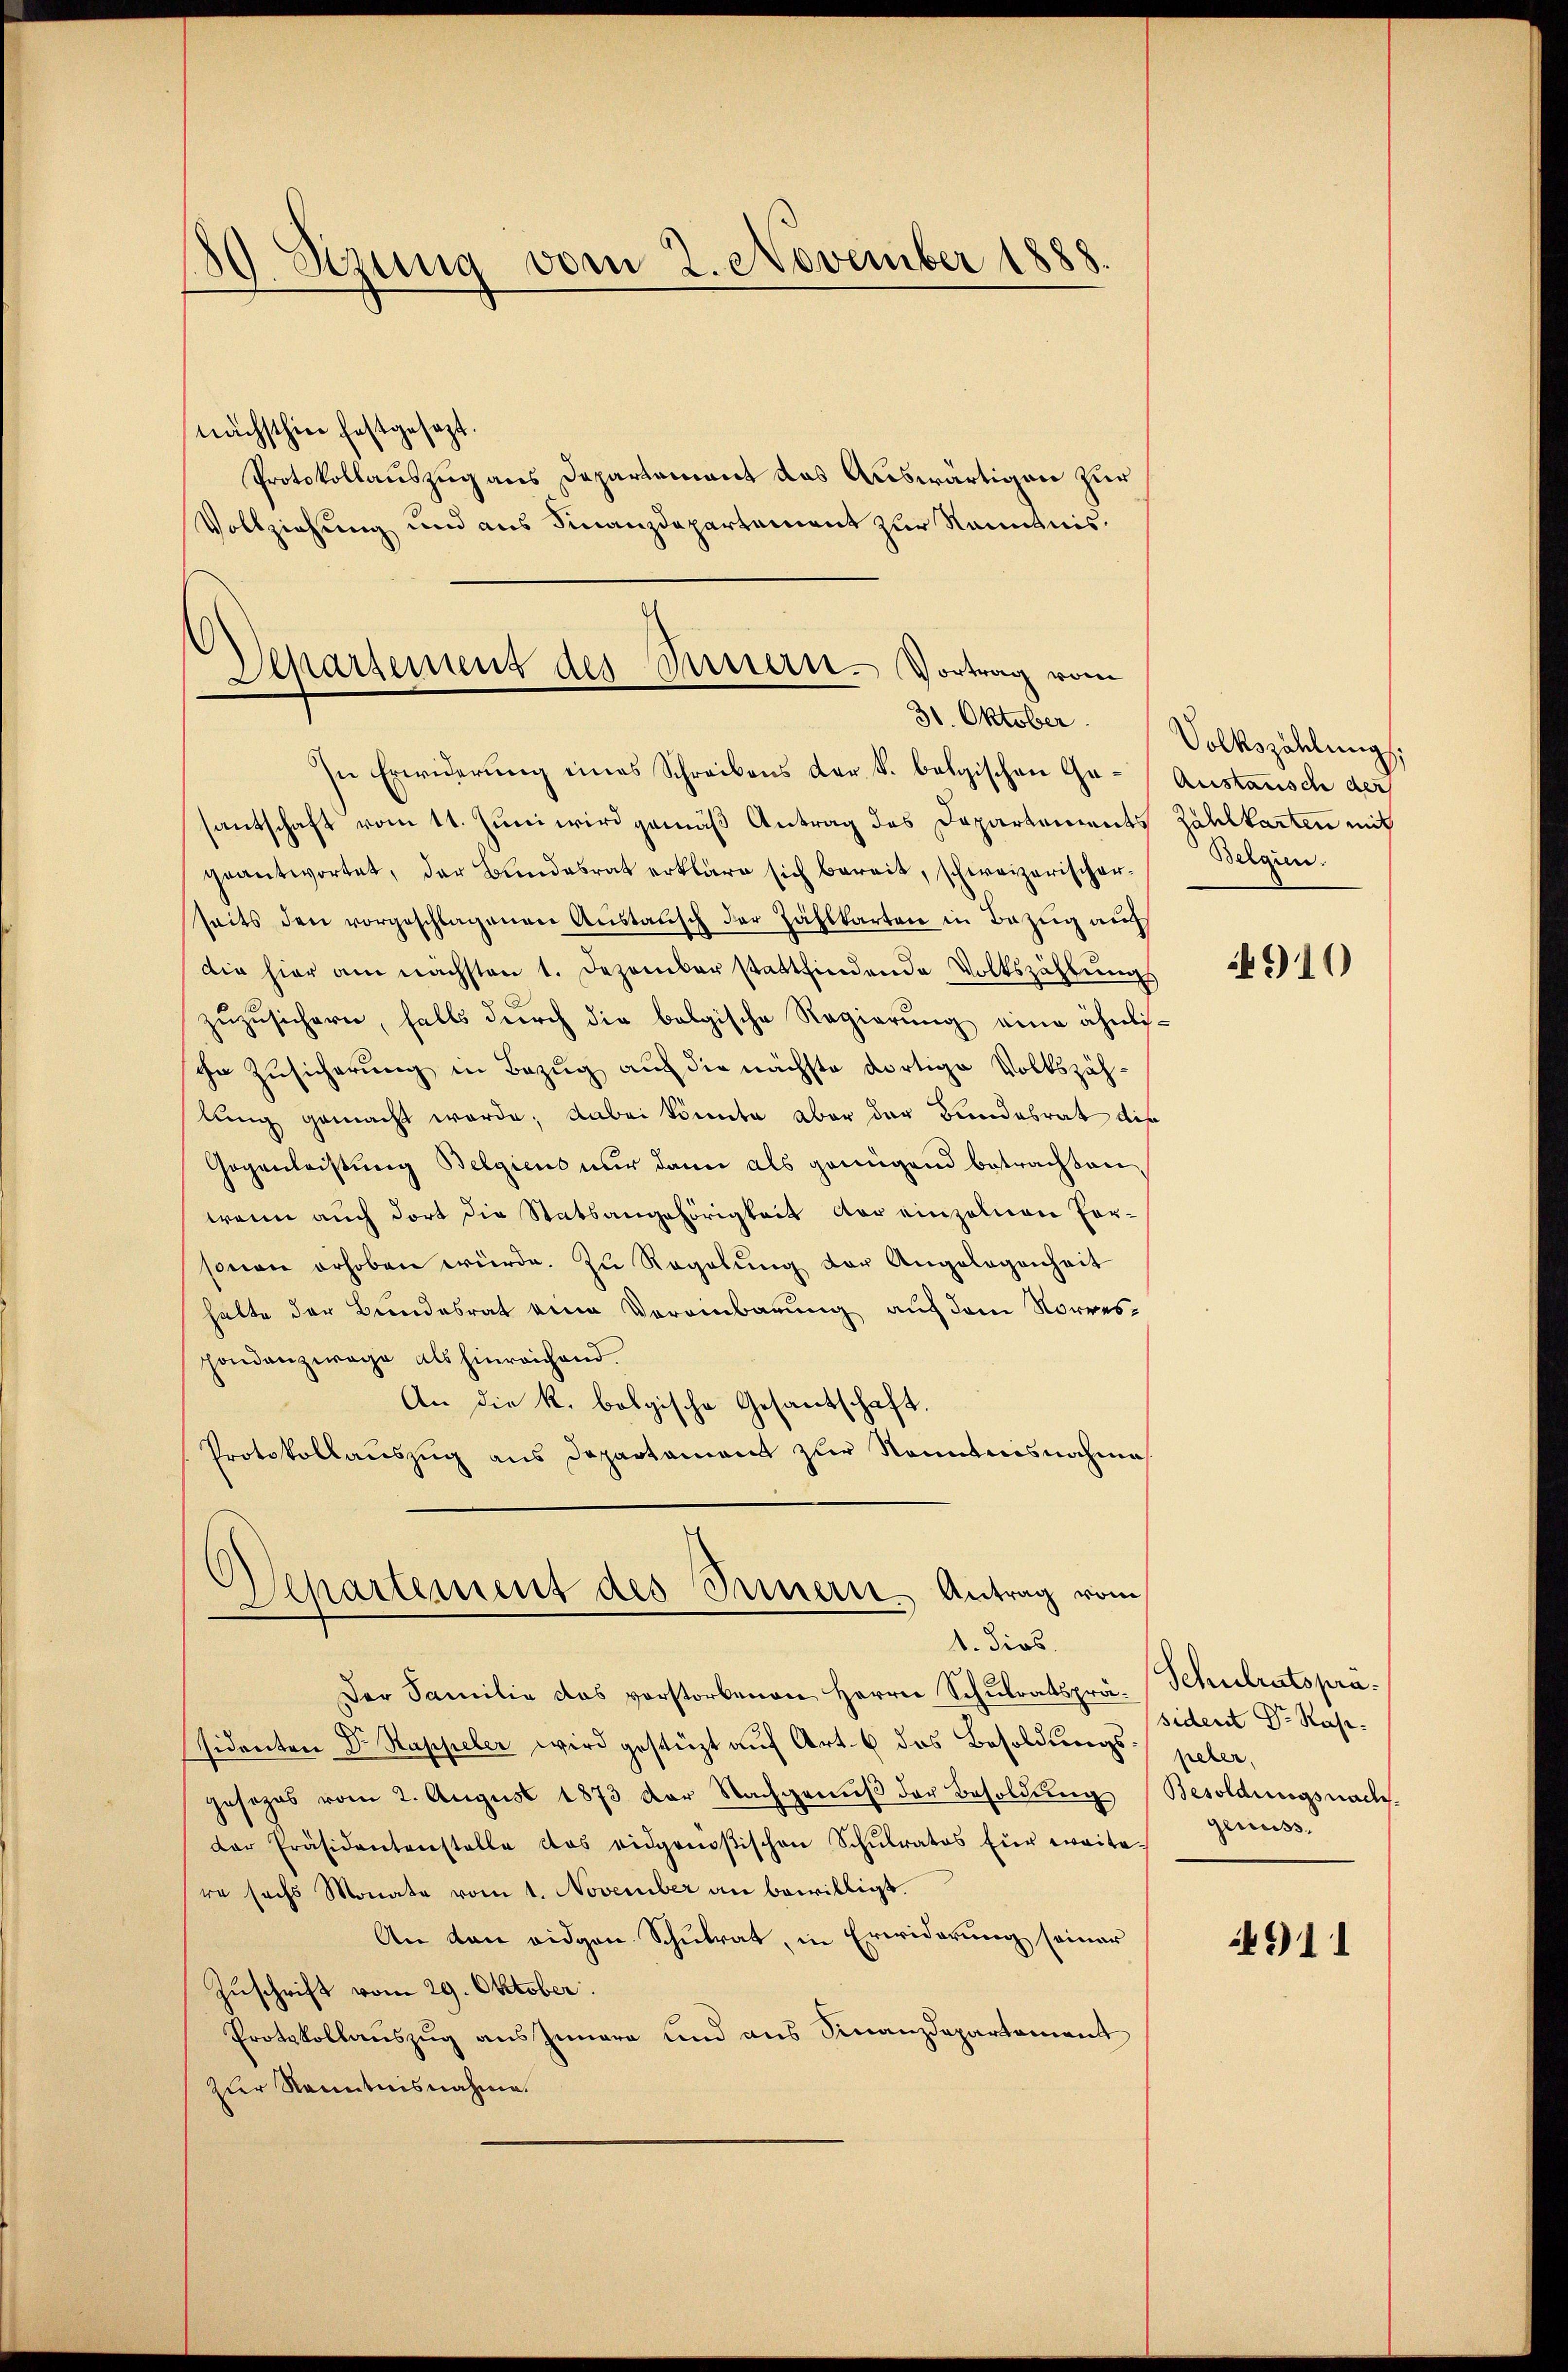
d
d. Stzung vom 2. November 1888.

nächsthin festgesezt.
Protokollauszug aus Departement das Auswärtigen zur
Vollziehung und aus Finanzdepartement zur Kenntnis¬

Departement des Innern. Vortrag vom

In Erwiderung eines Schreibens der k. bolgischen Ga-Austausche der
santschaft vom 11. Juni wird gemäß Antrag des Departements Zahlkarten mit
geantwortet, der Bundesrat erkläre sich bereit, schweizerischer-
seits den vorgeschlagenen Aŭstausch der Zählkarten in Bezug au
Die hier am nächsten 1. Dezember stattfindende Volkszählungs
zuzusichern, falls durch die belgische Regierung eine ähnlische Zusicherung in Bezug auf die nächste dortige Volkszäh-
lung gemacht werde; dabei könnte aber der Bundesrat dis
Gogenleistung Belgiens nur dann als genügend betrachten,
wenn auch dort die Statsangehörigkeit der einzelnen For-
sonen erhoben würde. Zu Regelŭng der Angelegenheit
halte der Bundesrat eine Vereinbarung auf dem Norrespondenzwage als hinreichend.
An die k. bolgische Gesantschaft.
Protokollauszug aus Departament zur Nominisnahme
Departement des Innern Antrag vom
1. dios.
Der Familie das vorstorbenen Herrn Schulratsprä- Schulratsprässidenten Dr. Rappeler wird gestüzt auf Art. 6 des Besoldungs- peler,
gesezes vom 2. August 1873 der Nachgenŭβ der Besoldŭng Besoldungsnach-
der Präsidentenstelle das eidgenößischen Schŭlrates für weite.
re sechs Monate vom 1. November an bewilligt.
An den eidgen. Schulrat, in Erwiderung seiner
Zuschrift vom 29. Oktober.
Protokollauszug aus Iunara und aus Finanzdepartement
zur Kenntnisnahme.

30. Oktober. (Volkszählungs
Bergen.

4910

sident Dr. Rasigenuss.

4911